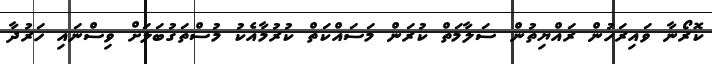
ކޮރޯނާ ވައިރަހުން ރައްޔިތުން ސަލާމަތް ކުރަން މަސައްކަތް ކުރުމާއެކު މުސްތަގުބަލަށް ވިސްނައި ހަރުދާ